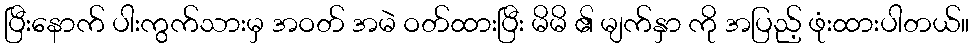
ပြီးနောက် ပါးကွက်သားမှ အဝတ် အမဲ ဝတ်ထားပြီး မိမိ ၏ မျက်နှာ ကို အပြည့် ဖုံးထားပါတယ်။